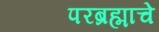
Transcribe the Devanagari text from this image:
परब्रह्माचे